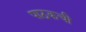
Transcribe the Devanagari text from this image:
पाठकची